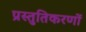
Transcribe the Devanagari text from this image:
प्रस्तुतिकरणों